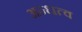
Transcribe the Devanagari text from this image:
अन्धत्व